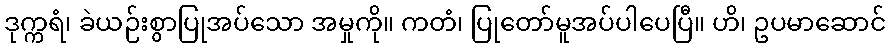
ဒုက္ကရံ၊ ခဲယဉ်းစွာပြုအပ်သော အမှုကို။ ကတံ၊ ပြုတော်မူအပ်ပါပေပြီ။ ဟိ၊ ဥပမာဆောင်